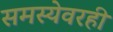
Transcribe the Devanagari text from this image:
समस्येवरही